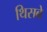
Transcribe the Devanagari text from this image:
थिसबे